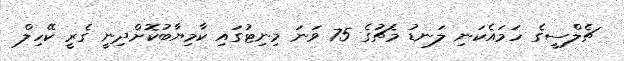
ޗެލްސީގެ ހަމައެކަނި ލަނޑު މެޗުގެ 75 ވަނަ މިނިޓުގައި ކާމިޔާބުކޮށްދިނީ ގެރީ ކޭހިލް